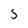
Character: 5